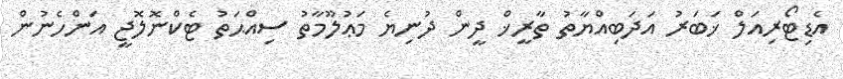
އެޑިޓޯރިއަލް ޚަބަރު އަދަބިއްޔާތު ތާރީޚް ދީން ދުނިޔެ މަޢުލޫމާތު ސިއްޙަތު ޓެކްނޮލޮޖީ އަންހެނުން